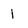
Character: i